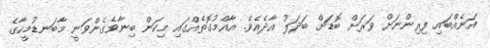
އަނެއްބައި ފިރިންނަށް ވަރަށް ބޮޑަށް ބަދަލު އާދެއެވެ. އާއްމުގޮތެއްގައި މިކަން ބިނާވެގެންވަނީ މާބަނޑުމީހާގެ